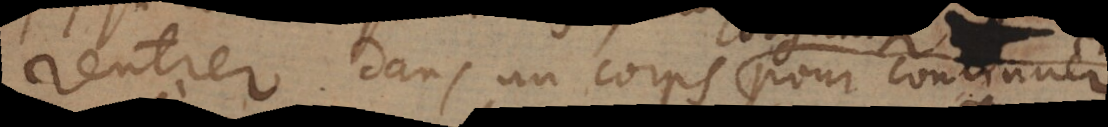
rentrer dans un corps pour continuer